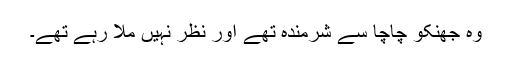
وہ جھنکو چاچا سے شرمندہ تھے اور نظر نہیں ملا رہے تھے۔